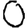
Digit: 0